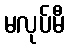
မလုပ်မီ